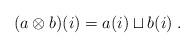
LaTeX: \begin{align*}(a\otimes b)(i)=a(i)\sqcup b(i)\;.\end{align*}